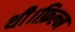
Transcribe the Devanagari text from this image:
थी।फ़िल्म